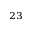
^ { 2 3 }